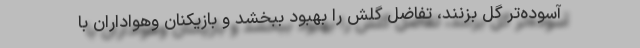
آسوده‌تر گل بزنند، تفاضل گلش را بهبود ببخشد و بازیکنان وهواداران با